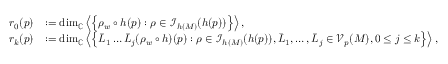
\begin{array} { r l } { r _ { 0 } ( p ) } & { : = \dim _ { \mathbb { C } } \left< \left\{ \rho _ { w } \circ h ( p ) : \rho \in \mathscr { I } _ { h ( M ) } ( h ( p ) ) \right\} \right> , } \\ { r _ { k } ( p ) } & { : = \dim _ { \mathbb { C } } \left< \left\{ \Bar L _ { 1 } \dots \Bar L _ { j } ( \rho _ { w } \circ h ) ( p ) : \rho \in \mathscr { I } _ { h ( M ) } ( h ( p ) ) , \Bar L _ { 1 } , \dots , \Bar L _ { j } \in \mathcal { V } _ { p } ( M ) , 0 \leq j \leq k \right\} \right> , } \end{array}